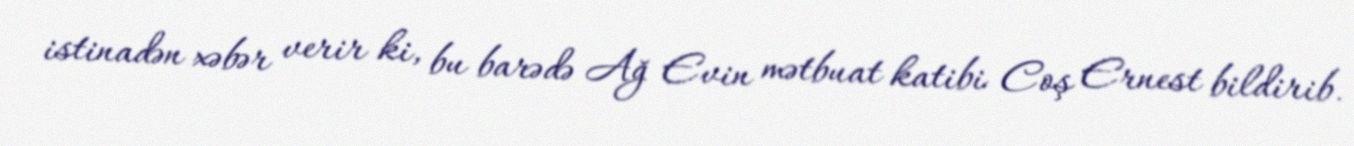
istinadən xəbər verir ki, bu barədə Ağ Evin mətbuat katibi Coş Ernest bildirib.